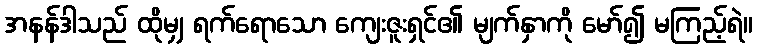
အနန်ဒါသည် ထိုမျှ ရက်ရောသော ကျေးဇူးရှင်၏ မျက်နှာကို မော်၍ မကြည့်ရဲ။